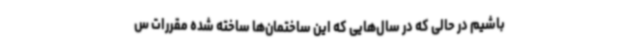
باشیم در حالی که در سال‌هایی که این ساختمان‌ها ساخته شده مقررات س